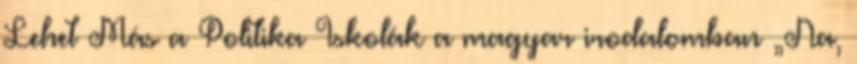
Lehet Más a Politika Iskolák a magyar irodalomban „Na,